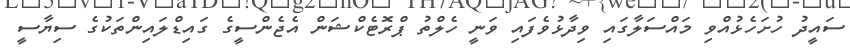
ސައީދު ހުށަހެޅުއްވި މައްސަލާގައި ވިދާޅުވެފައި ވަނީ ހެލްތު ޕްރޮޓެކްޝަން އެޖެންސީގެ ގައިޑްލައިންތަކުގެ ސިޔާސީ